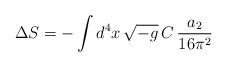
LaTeX: \begin{align*}\Delta S=-\int d^4x\,\sqrt{-g}\,C\,\frac{a_2}{16\pi^2}\end{align*}